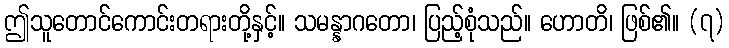
ဤသူတောင်ကောင်းတရားတို့နှင့်။ သမန္နာဂတော၊ ပြည့်စုံသည်။ ဟောတိ၊ ဖြစ်၏။ (၇)